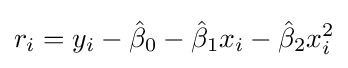
r_{i}=y_{i}-{\hat {\beta }}_{0}-{\hat {\beta }}_{1}x_{i}-{\hat {\beta }}_{2}x_{i}^{2}